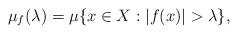
LaTeX: \begin{align*}\mu_f(\lambda)=\mu\{x\in X:|f(x)|>\lambda\},\end{align*}